Annual report of the Punjab Veterinary College and of the Civil Veterinary Department, Punjab - 1920-1925
Year: 1920
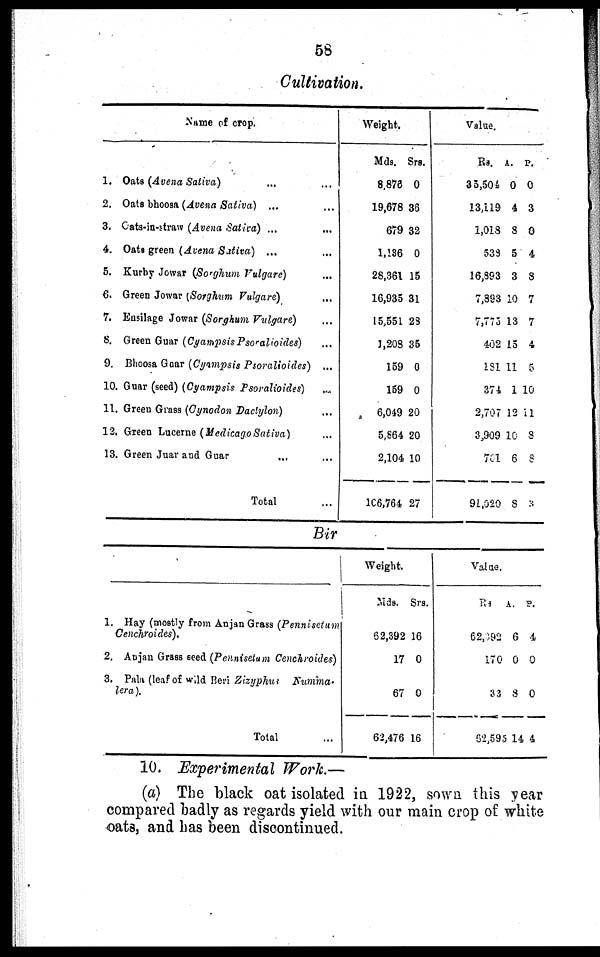
58
Cultivation.
1.
2.
3.
4.
5.
6.
7.
8.
9.
10
11
12
13
Name of crop.
Oats (Avena Sativa) ... ...
Oats bhoosa (Avena Sativa)
... ...
Oats-in-straw (Avena Sativa) ... ...
Oats green (Avena Sativa)
... ...
Kurby Jowar (Sorghum Vulgare) ...
Green Jowar (Sorghum Vulgare) ...
Ensilage Jowar (Sorghum Vulgare) ...
Green Guar (Cyampsis Psoralioides) ...
Bhoosa Guar (Cyampsis Psoralioides)
...
Guar (seed) (Cyampsis Psoralioides) ...
Green Grass (Cynodon Daclylon) ...
Green Lucerne (Medicago Sativa) ...
Green Juar and Guar ... ...
Total ...
Weight.
Mds. Srs.
8.873 0
19,678 36
679 32
1,136 0
28,361 15
16,935 31
15,551 23
3,208 35
159 0
159 0
6,049 20
5,864 20
2,104 10
106,764 27
Value.
Rs. A. P.
35,504 0 0
13,119 4 3
1,018 8 0
533 5 4
16,893 3 8
7,893 10 7
7,775 13 7
402 15 4
1S1 11 5
374 1 10
2,707 12 11
3,909 10 8
701 6 8
91,020 8 3
Bir
1. Hay (mostly from Anjan Grass (Pennisetum
Cenchroides).
2. Anjan Grass seed (Pennisetum Cenchroides)
3. Pala (leaf of wild Beri Zizyphus Numma-
lera).
Total ...
Weight.
Mds. Srs.
62,392 16
17 0
67 0
62,476 16
Value.
Rs A. P.
62,392 6 4
170 0 0
33 8 0
62,595 14 4
10. Experimental Work.—
(a) The black oat isolated in 1922, sown this year
compared badly as regards yield with our main crop of white
oats, and has been discontinued.